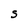
Character: S